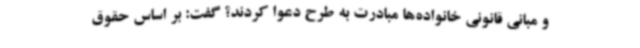
و مبانی قانونی خانواده‌ها مبادرت به طرح دعوا کردند؟ گفت: بر اساس حقوق